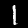
Label: 1